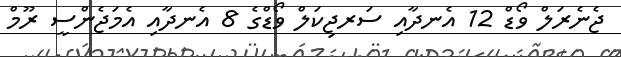
ޖެނެރަލް ވޯޑް 12 އެނދާއި ސަރޖިކަލް ވޯޑްގެ 8 އެނދާއި އެމަޖެންސީ ރޫމް